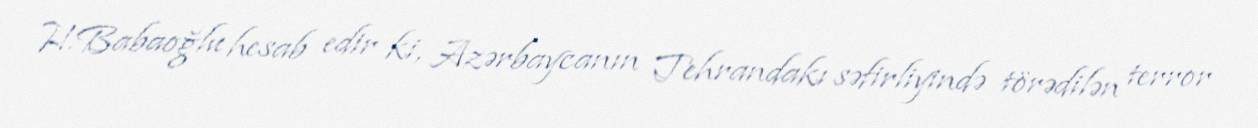
H.Babaoğlu hesab edir ki, Azərbaycanın Tehrandakı səfirliyində törədilən terror